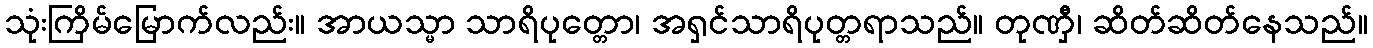
သုံးကြိမ်မြောက်လည်း။ အာယသ္မာ သာရိပုတ္တော၊ အရှင်သာရိပုတ္တရာသည်။ တုဏှီ၊ ဆိတ်ဆိတ်နေသည်။